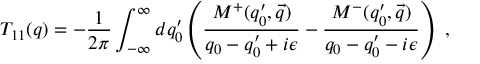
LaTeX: { \cal T } _ { 1 1 } ( q ) = - \frac { 1 } { 2 \pi } \int _ { - \infty } ^ { \infty } d q _ { 0 } ^ { \prime } \left( \frac { M ^ { + } ( q _ { 0 } ^ { \prime } , \vec { q } ) } { q _ { 0 } - q _ { 0 } ^ { \prime } + i \epsilon } - \frac { M ^ { - } ( q _ { 0 } ^ { \prime } , \vec { q } ) } { q _ { 0 } - q _ { 0 } ^ { \prime } - i \epsilon } \right) ~ ,